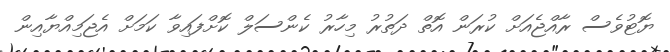
ޔޮޓުވެސް ރާއްޖެއަށް ކުރަން އޮތް ދަތުރު މިހާރު ކެންސަލް ކޮށްފައިވާ ކަމަށް އެޖަމިއްޔާއިން